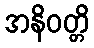
အနိဝတ္တိ